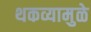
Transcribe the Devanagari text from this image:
थकव्यामुळे